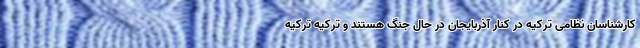
کارشناسان نظامی ترکیه در کنار آذربایجان در حال جنگ هستند و ترکیه ترکیه